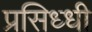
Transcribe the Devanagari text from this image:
प्रसिध्‍धी